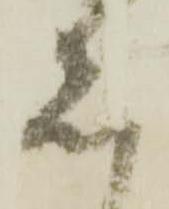
者